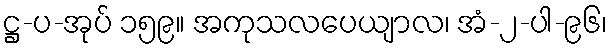
ဋ္ဌ-ပ-အုပ် ၁၅၉။ အကုသလပေယျာလ၊ အံ-၂-ပါ-၉၆၊